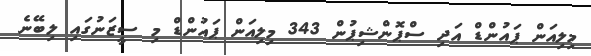
މިލިއަން ޕައުންޑް އަދި ސްޕޮންޝިޕުން 343 މިލިއަން ޕައުންޑް މި ސީޒަނުގައި ލިބޭނެ